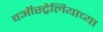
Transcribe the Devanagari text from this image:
वऑस्ट्रेलियाच्या